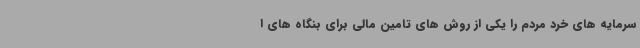
سرمایه های خرد مردم را یکی از روش های تامین مالی برای بنگاه های ا